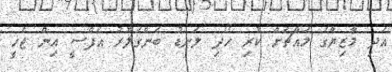
އަދި މާޒިޔާގެ މައްޗަށް ކުރި ހޯދި ލަނޑު ބެންގަލޫރު އެފްސީ އިން ޖެހީ